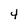
Character: 4